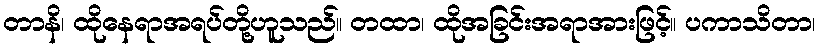
တာနိ၊ ထိုနေရာအရပ်တို့ဟူသည်။ တထာ၊ ထိုအခြင်းအရာအားဖြင့်။ ပကာသိတာ၊